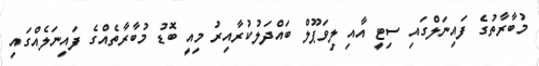
މުބާރާތުގެ ފައިނަލްގައި ސިޓީ އާއި ލިވަޕޫލް ބައްދަލުކުރާއިރު މިއީ ބޮޑު މުބާރާތެއްގެ ފައިނަލެއްގައި